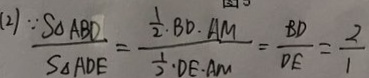
( 2 ) \because \frac { S _ { \Delta } A B D } { S _ { \Delta } A D E } = \frac { \frac { 1 } { 2 } \cdot B D \cdot A M } { \frac { 1 } { 2 } \cdot D E \cdot A M } = \frac { B D } { D E } = \frac { 2 } { 1 }